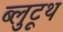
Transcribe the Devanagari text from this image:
ब्लुटूथ